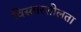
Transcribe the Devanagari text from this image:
विस्तारशीलता